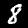
Label: 8